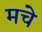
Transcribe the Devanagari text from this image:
मचे